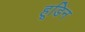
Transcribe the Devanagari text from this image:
हूडिन